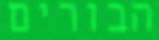
הבורים